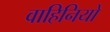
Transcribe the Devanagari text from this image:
वाहिनियो